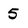
Character: 5